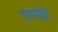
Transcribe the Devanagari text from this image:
एम्पाइर